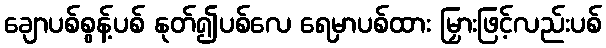
ချောပစ်စွန့်ပစ် နုတ်၍ပစ်လေ ရေမှာပစ်ထား မြှားဖြင့်လည်းပစ်